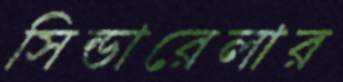
সিন্ডারেলার